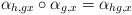
\begin{align*}\alpha_{h,gx}\circ\alpha_{g,x}= \alpha_{hg,x}\end{align*}